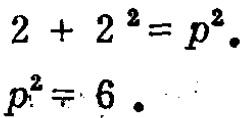
\[
\begin{align*}
2 + 2^{2}&=p^{2}\\
p^{2}&=6
\end{align*}
\]